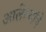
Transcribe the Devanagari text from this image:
आलेल्यांचे